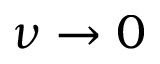
\nu \to 0